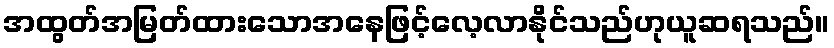
အထွတ်အမြတ်ထားသောအနေဖြင့်လေ့လာနိုင်သည်ဟုယူဆရသည်။